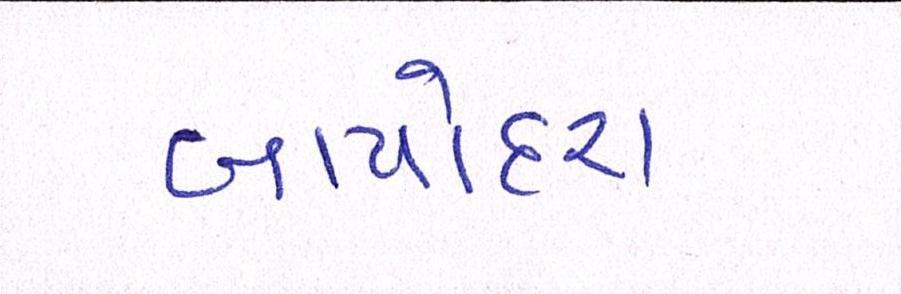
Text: બાપોદરા